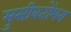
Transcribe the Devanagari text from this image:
मुसीबतोंभरा